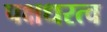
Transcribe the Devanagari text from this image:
पक्षधरत्व